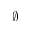
\emptyset